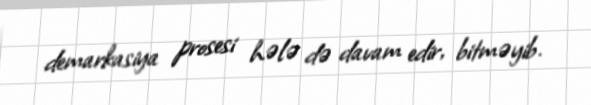
demarkasiya prosesi hələ də davam edir, bitməyib.